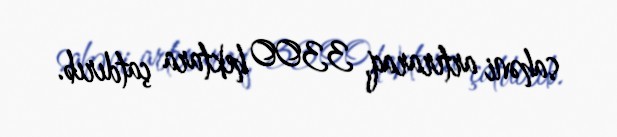
sahəni artıraraq, 3300 hektara çatdırıb.